Civil Veterinary Department Bihar & Orissa reports 1929-36 - 1929-1936
Year: 1929
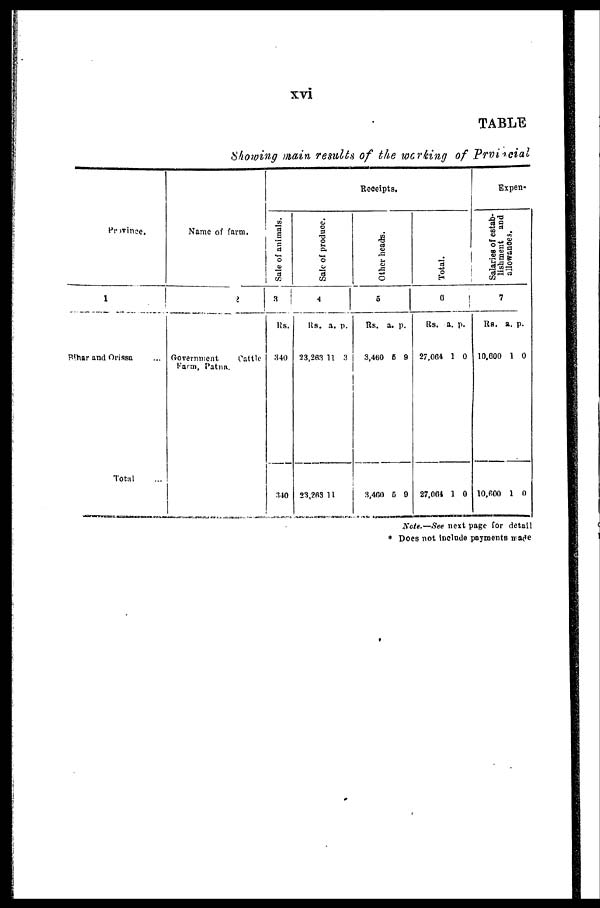
xvi
TABLE
Showing main results of the working of Provincial
Province.
1
Bihar and Orissa ...
Total ...
Name of farm.
2
Government
Cattle
Farm, Patna.
Receipts.
Sale of animals.
3
Rs.
340
340
Sal e of produce.
4
Rs.
23,283
23,203
a.
11
11
p.
3
Ot her heads .
5
Rs.
3,460
3,400
a. p
6
5
.
9
9
Tot al .
6
Rs.
27,064
27,064
a.
1
1
p.
0
0
Expen-
Salaries of estab-
l
i
s hme nt and
allowances.
7
Rs.
10,600
10,600
a.
1
1
p.
0
0
Note.—See nest page for detail
* Does not include payments made